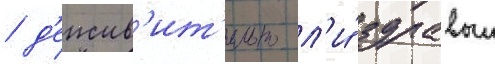
/ д'еиств'ит'ельно л'и́ здравыи